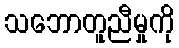
သဘောတူညီမှုကို